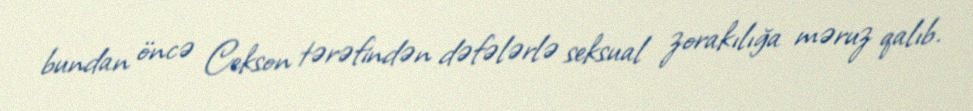
bundan öncə Cekson tərəfindən dəfələrlə seksual zorakılığa məruz qalıb.